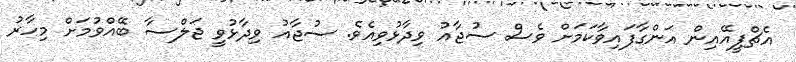
އެޗްޕީއޭއިން އަންގާފައިވާކަމަށް ވެސް ސުޖާއު ވިދާޅުވިއެވެ. ސުޖާއު ވިދާޅުވީ ޖަލްސާ ބޭއްވުމަށް މިހާރު